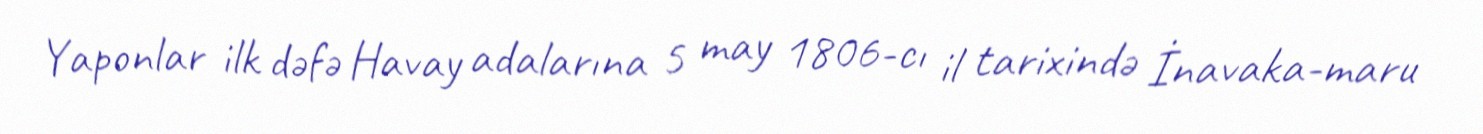
Yaponlar ilk dəfə Havay adalarına 5 may 1806-cı il tarixində İnavaka-maru